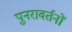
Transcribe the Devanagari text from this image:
पुनरावर्तनों